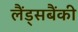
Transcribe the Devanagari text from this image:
लैंड्सबैंकी